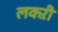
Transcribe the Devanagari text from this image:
लकऱी